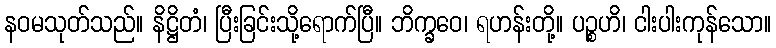
နဝမသုတ်သည်။ နိဋ္ဌိတံ၊ ပြီးခြင်းသို့ရောက်ပြီ။ ဘိက္ခဝေ၊ ရဟန်းတို့။ ပဉ္စဟိ၊ ငါးပါးကုန်သော။